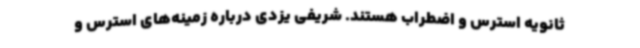
ثانویه استرس و اضطراب هستند. شریفی یزدی درباره زمینه‌های استرس و